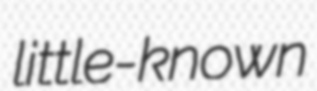
little-known